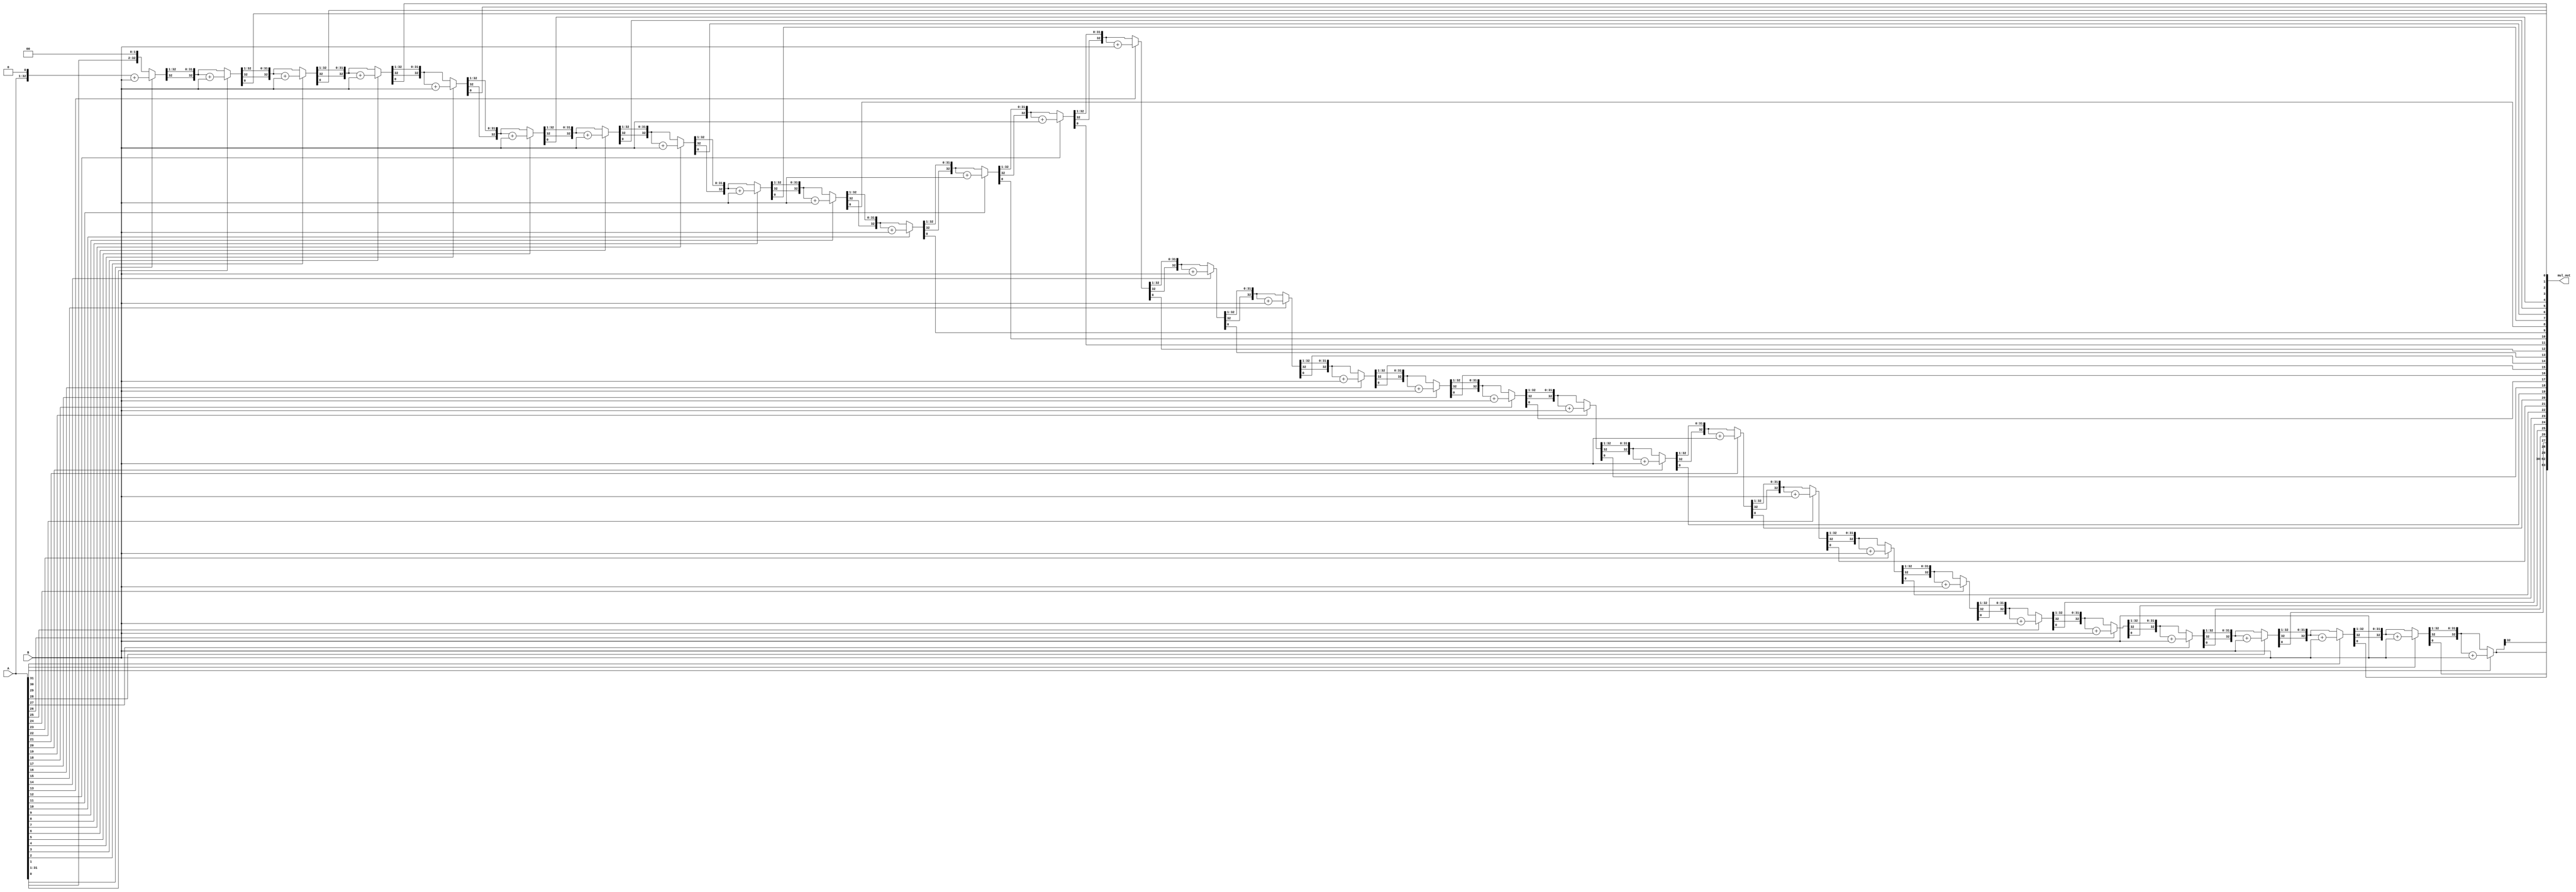

module mul(A, B, mul_out);
	input signed [31:0] A, B; 
	output signed [63:0]mul_out;
	reg signed [63:0] mul_out;
	reg[1:0] dig;
	integer i;
	
	reg[31:0] twos;

	always @ (A,B) begin
		mul_out = 64'd0;
		twos = -B;
		mul_out[63:32] = A;
		
		for(i = 0; i < 32; i = i + 1)begin
			dig = A[i];
				case(dig)
					2'd2: mul_out[63:31] = mul_out[63:31] + twos;
					2'd1: mul_out[63:31] = mul_out[63:31] + B;
					default: begin end
				endcase
				
				mul_out = mul_out >> 1;
				mul_out[63] = mul_out[62];
				
		end
	end
endmodule 
	
 
















//
//module mul(p_out, Q, M);
//	 output signed[63:0] p_out;
//    input signed[31:0] Q,M;
//	 
//    reg signed[63:0] p_out;
//    reg prevQ;
//    reg[31:0] Mneg;
//    reg[2:0] temp;
//    integer i;
//
//    alwaBs@(Q,M,i) begin 
//    p_out = 32'd0;
//    prevQ = 1'b0;
//    for (i=0; i<=32;i = i+2) begin
//        if (i == 32) begin
//            temp = {Q[i-1], Q[i-1], prevQ};
//        end 
//        else begin
//            temp = {Q[i+1], Q[i], prevQ};
//        end
//        Mneg = ~M + 1;
//        case(temp)
//            3'b001: p_out[63:32] = p_out[63:32] + M;
//            3'b010: p_out[63:32] = p_out[63:32] + M;
//            3'b011: p_out[63:32] = p_out[63:32] + M + M;
//            3'b100: p_out[63:32] = p_out[63:32] + Mneg + Mneg;
//            3'b101: p_out[63:32] = p_out[63:32] + Mneg;
//            3'b110: p_out[63:32] = p_out[63:32] + Mneg;
//            default: begin end
//        endcase
//    p_out = p_out >> 2;
//
//    p_out[63] = p_out[61];
//    p_out[62] = p_out[61];
//
//    if (i<32)
//        prevQ = Q[i];
//    end
//end 
//
//
//endmodule


//module mul(prod, mc, mp);
//output [15:0] prod;
//input [7:0] mc, mp;
//input clk, start;
//reg [7:0] A, Q, M;
//reg Q_1;
//reg [3:0] count;
//wire [7:0] sum, difference;
//alwaBs(*)
//begin
//if (start) begin
//A <= 8'b0;
//M <= mc;
//Q <= mp;
//Q_1 <= 1'b0;
//count <= 4'b0;
//end
//else begin
//case ({Q[0], Q_1})
//2'b0_1 : {A, Q, Q_1} <= {sum[7], sum, Q};
//2'b1_0 : {A, Q, Q_1} <= {difference[7], difference, Q};
//default: {A, Q, Q_1} <= {A[7], A, Q};
//endcase
//count <= count + 1'b1;
//end
//end
//alu adder (sum, A, M, 1'b0);
//alu subtracter (difference, A, ~M, 1'b1);
//assign prod = {A, Q};
//endmodule
//
//
////The following is an alu.
////It is an adder, but capable of subtraction:
////Recall that subtraction means adding the two's complement--
////a - b = a + (-b) = a + (inverted b + 1)
////The 1 will be coming in as cin (carrB-in)
//module alu(out, a, b, cin);
//output [7:0] out;
//input [7:0] a;
//input [7:0] b;
//input cin;
//assign out = a + b + cin;
//endmodule